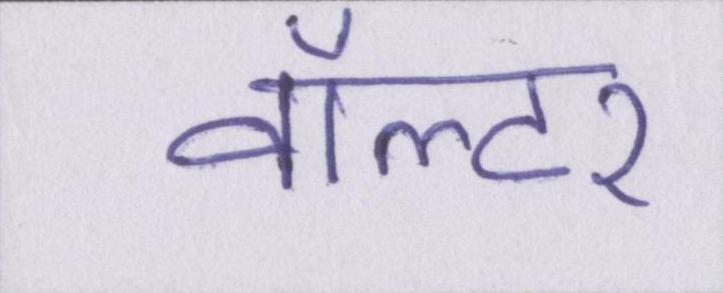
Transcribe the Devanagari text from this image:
वॉल्टर